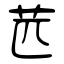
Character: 苉